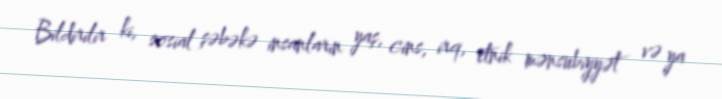
Bildirilir ki, sosial şəbəkə insanların yaş, cins, irq, etnik mənsubiyyət və ya